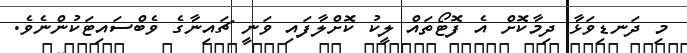
މި ދަނޑިވަޅާ ދިމާކޮށް އެ ފޮޓޯތައް ލީކު ކޮށްލާފައި ވަނީ ޗައިނާގެ ވެބްސައިޓަކުންނެވެ.